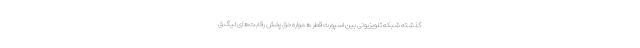
گذشته شبکه تلویزیونی بین اسپورت قطر همواره حق پخش رقابت‌های لیگ ق